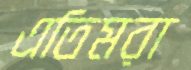
এতিমরা